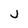
Character: j